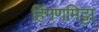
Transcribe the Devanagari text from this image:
हिंगणमिट्टा